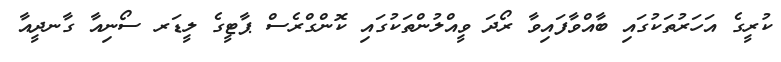
ކުރީގެ އަހަރުތަކުގައި ބާއްވާފައިވާ ރޯދަ ވީއްލުންތަކުގައި ކޮންގްރެސް ޕާޓީގެ ލީޑަރ ސޯނިއާ ގާނދީއާ